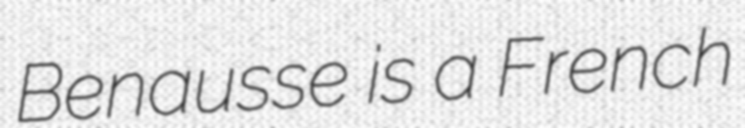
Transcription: Benausse is a French